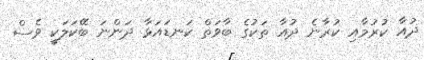
ދުއާ ކުރުމާއި ކުރާނެ ދުއާ ތަކުގެ ބާވަތް ކަނޑައަޅާ ދަންނަ ބޭކަލަކީ ވެސް